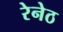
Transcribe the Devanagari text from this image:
रेनेठ